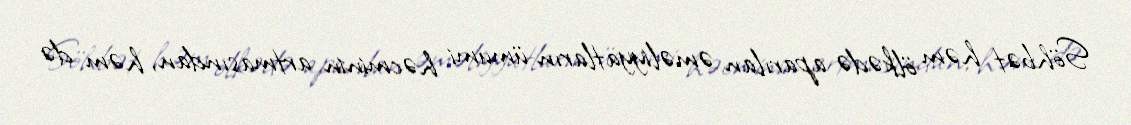
Söhbət həm ölkədə aparılan əməliyyatların ümumi həcminin artmasından, həm də